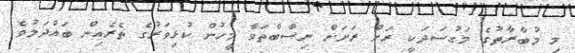
މި މުބާރާތުގެ މަގުސަދަކީ ރަަށް ރަށަށް ނިސްބްތަވާ މީހުން ކުޅިވަރުގެ ތެރެއިން ބައްދަލުވެ